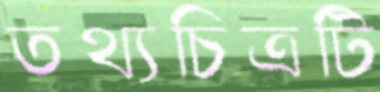
তথ্যচিত্রটি